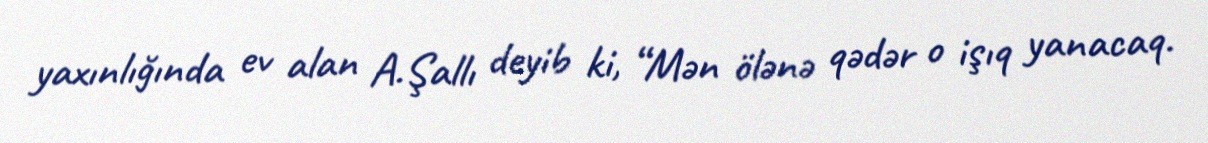
yaxınlığında ev alan A.Şallı deyib ki, “Mən ölənə qədər o işıq yanacaq.